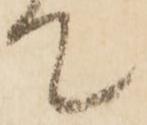
て